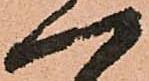
一